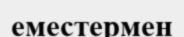
еместермен